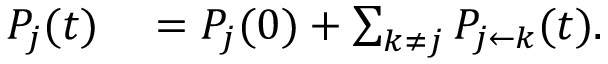
\begin{array} { r l } { P _ { j } ( t ) } & { { } = P _ { j } ( 0 ) + \sum _ { k \ne j } P _ { j \leftarrow k } ( t ) . } \end{array}